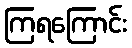
ကြရကြောင်း